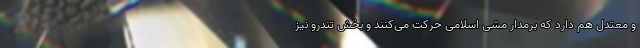
و معتدل هم دارد که برمدار مشی اسلامی حرکت می‌کنند و بخش تندرو نیز